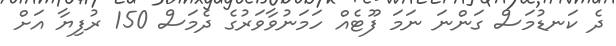
ދެ ކަނޑުމަސް ގަންނަ ނަމަ ފޫޓެއް ހަމަނުވާވަރުގެ ދެމަސް 150 ރުފިޔާ އަށް